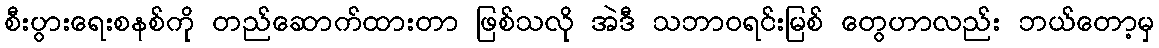
စီးပွားရေးစနစ်ကို တည်ဆောက်ထားတာ ဖြစ်သလို အဲဒီ သဘာဝရင်းမြစ် တွေဟာလည်း ဘယ်တော့မှ